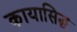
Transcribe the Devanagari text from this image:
कायासिद्ध